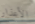
الأعذار